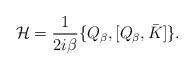
LaTeX: \begin{align*}{\cal H} = \frac{1}{2i\beta}\{Q_{\beta},[Q_{\beta}, \bar K]\}.\end{align*}